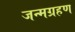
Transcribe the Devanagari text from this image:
जन्मग्रहण